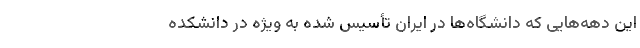
این دهه‌هایی که دانشگاه‌ها در ایران تأسیس شده به ویژه در دانشکده